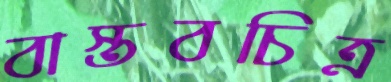
বাস্তবচিত্র